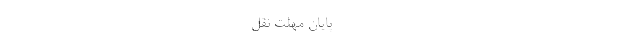
-------------------------------------------------- پایان مهلت نقل